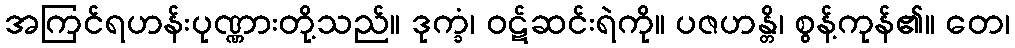
အကြင်ရဟန်းပုဏ္ဏားတို့သည်။ ဒုက္ခံ၊ ဝဋ်ဆင်းရဲကို။ ပဇဟန္တိ၊ စွန့်ကုန်၏။ တေ၊